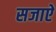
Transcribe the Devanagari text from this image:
सजाएें